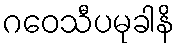
ဂဝေသီပမုခါနိ